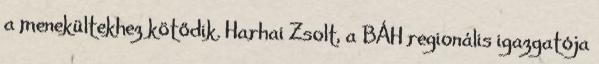
a menekültekhez kötődik. Harhai Zsolt, a BÁH regionális igazgatója